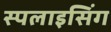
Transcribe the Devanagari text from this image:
स्पलाइसिंग